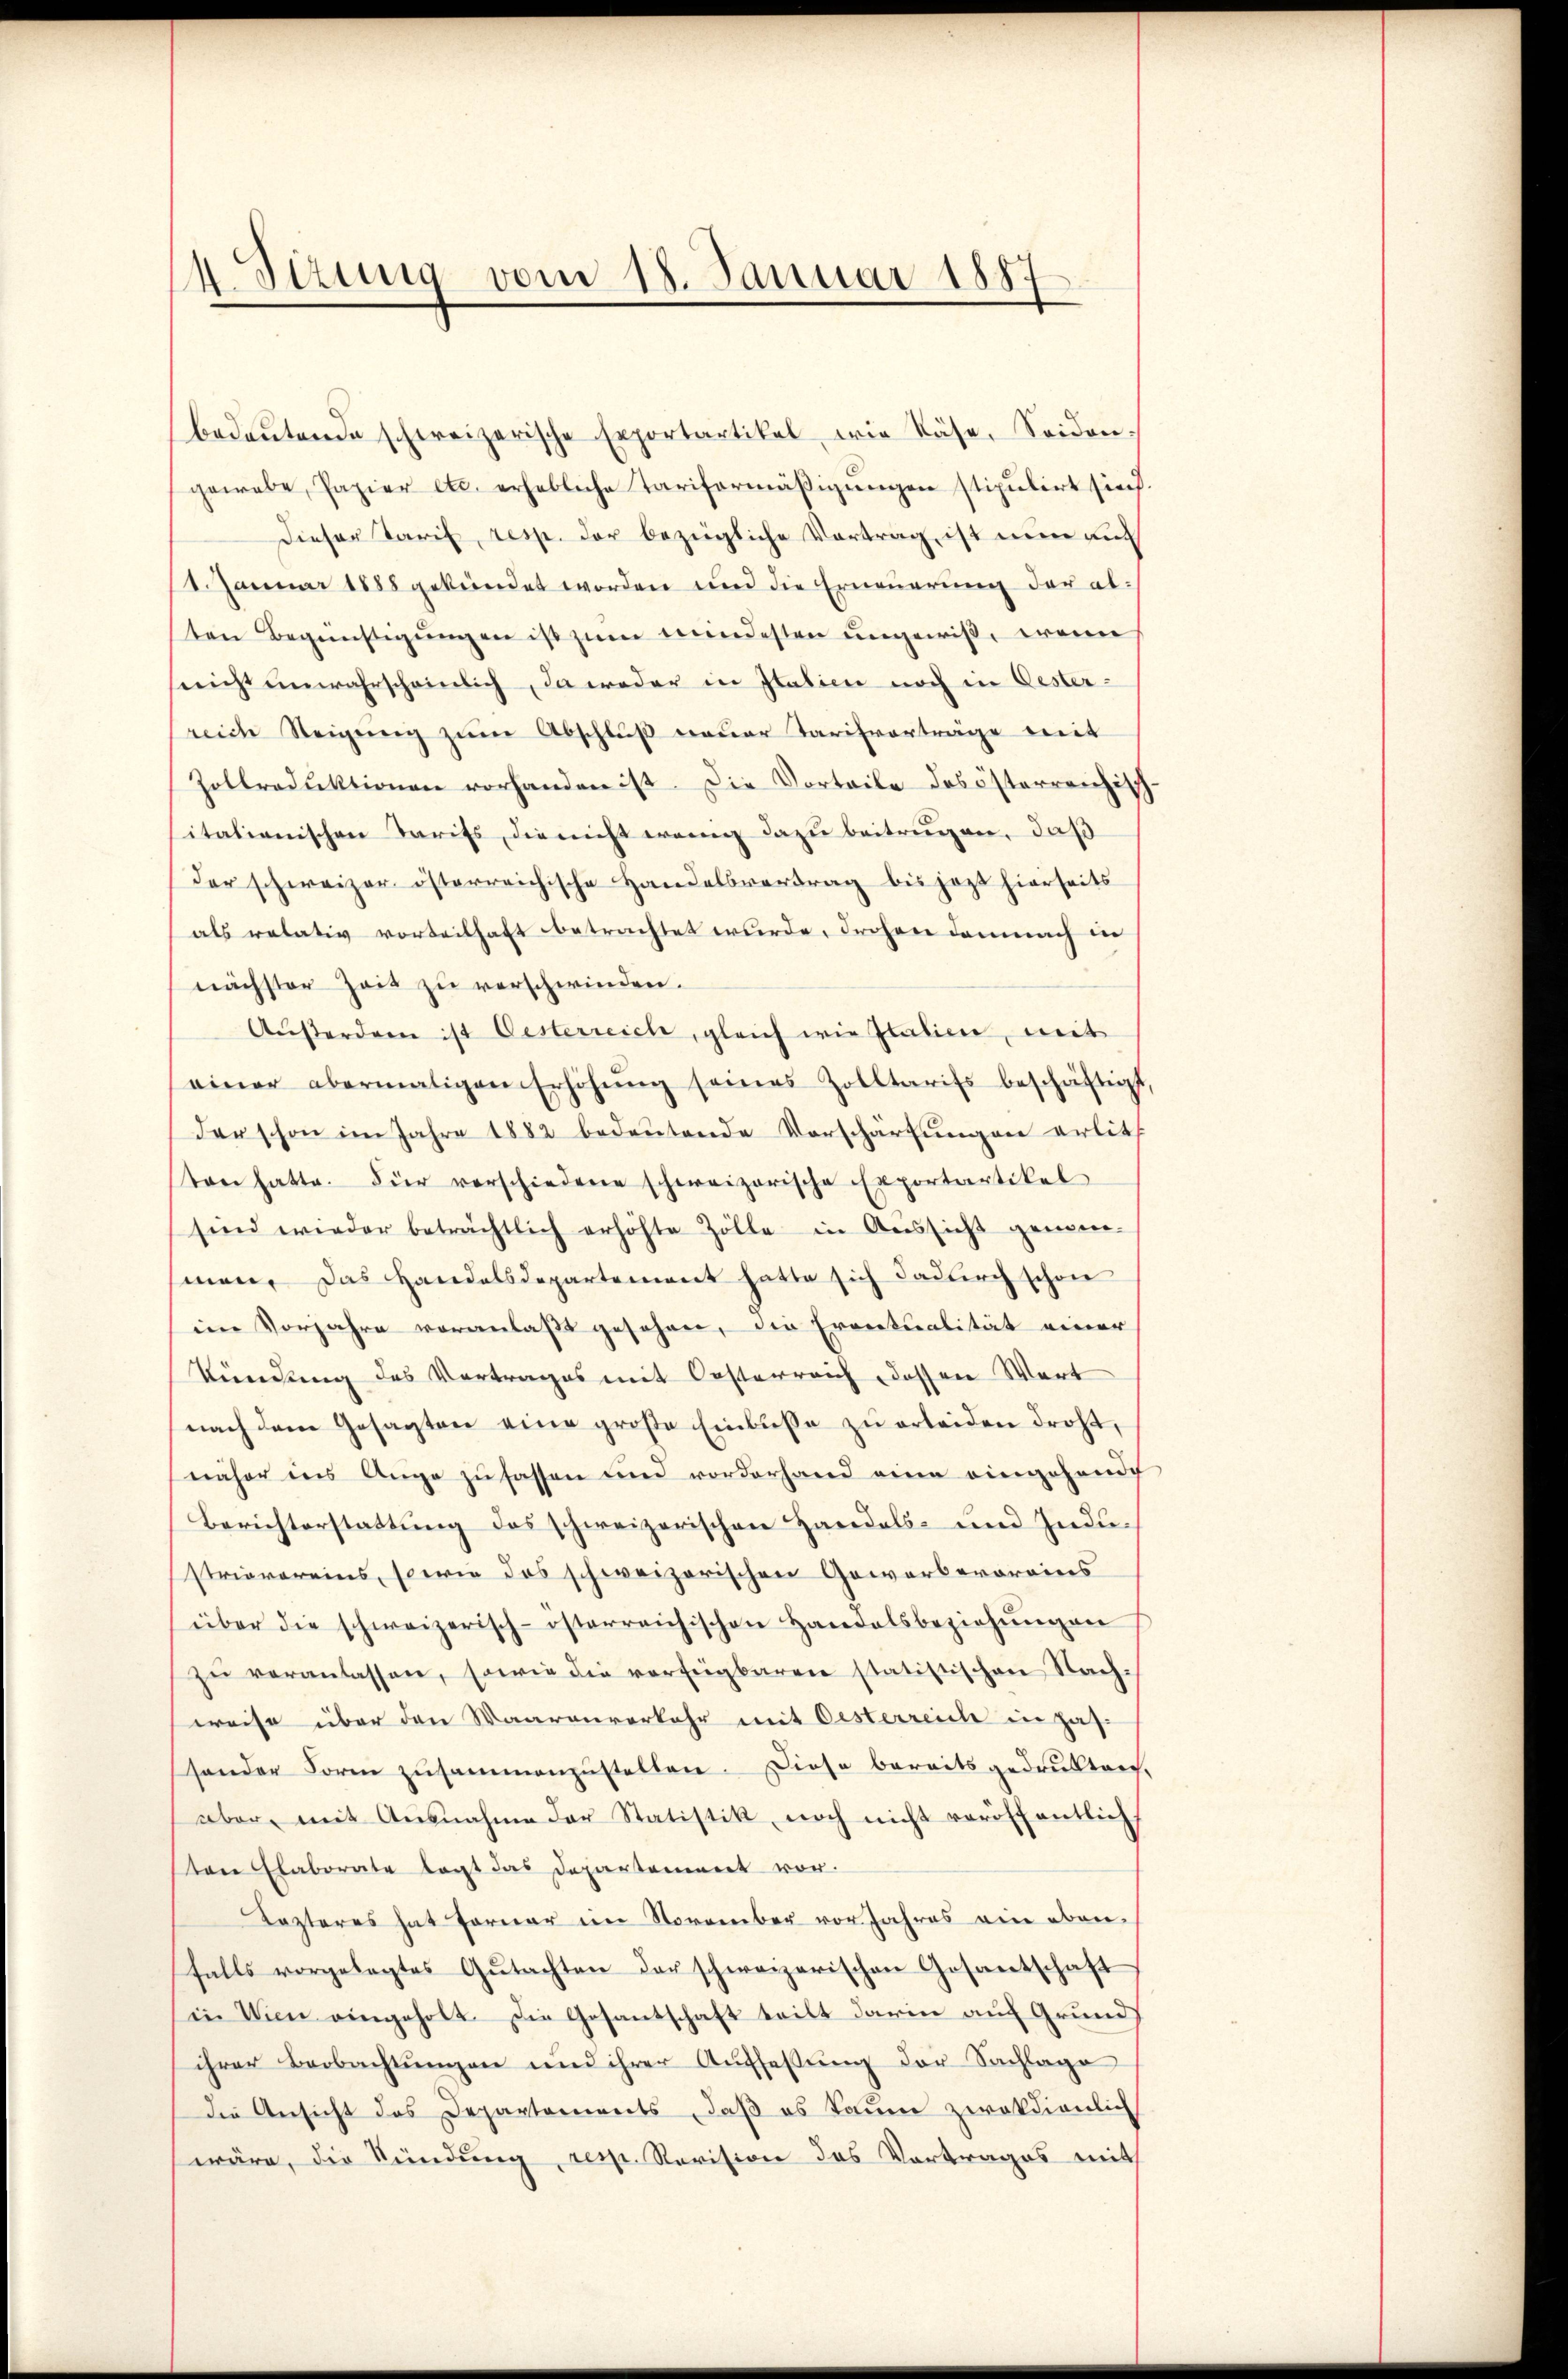
14. Jung vom 18. Januar 1887

bedeŭtende schweizerische Exportartikel wie Käse, Seiden.
gewebe, Papier etc. erhebliche Tariformäβigŭngen stipulirt siech.
Dieser Tarif, resp. der bezügliche Vortrag, ist nun auc
1. Januar 1888 gekündet worden und die Erneuerung der alten Begünstigŭngen ist zŭm mindesten ungewiß, wenn
snicht unwahrscheinlich, da weder in Italien noch in Oester-
reich Steigŭng zŭm Abschlŭβ neŭer Tarifvorträge mit
Zollroduktionen vorhanden ist. Die Vorteile das österreichisch-
itationischen Tarifs, die nicht wenig dazu beitrugen, daß
der schweizer österreichische Handelsvertrag bis jezt hierseits
als relativ vorteilhaft betrachtet wurde, drohen demnach in
nächster Zeit zu verschwinden.
Außerden ist Oesterreich, gleich wie Italien, mit
einer abermaligen Erhöhŭng seines Zolltarifs beschäftigt
der schon im Jahre 1882 bedeŭtende Vorschärfŭngen erlie
ton hatte. Für verschiedene schweizerische Exportartikel
sind wieder beträchtlich erhöhte Zölle in Aŭssicht gemein-
men. Das Handelsdepartement hatte sich dadurch schon
iin Vorjahre voranlaßt gesehen, die Ervetualität einer
kündung des Vortrages mit Oesterreich dessen Wort
nach dem Gesagten eine große Einbusse zu erleiden droht,
näher ins Auge zufassen und vorderhand eine eingehande
Berichterstattung des schweizerischen Handels- und Industrievereins, sowie das schweizerischen Gewerbevoreins
über die schweizerisch-österreichischen Handelsbeziehŭngen
zŭ veranlassen, sowie die verfügbaren statistischen Nach-
weise über den Waarenverkehr mit Oesterreich in Haf-
sonder Form zusammenzustellen. Diese bereitsgedrukten,
aber mit Ausnahme der Statistik noch nicht veröffentlich
ten Elaborate legt das Departement vor.
Lezteres hat ferner im November vor Jahres ein oben
falls vorgelegtes Gŭtachten der schweizerischen Gosantschaft
in Wien eingeholt. Die Gesantschaft teilt darin aŭf Grŭnd
ihrer Beobachtŭngen und ihrer Auffassŭng der Sachlage
die Ansicht des Departements, daβ es kaum zwokdienlich
wäre, die Kündung, resp. Revision des Vortrages mit